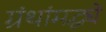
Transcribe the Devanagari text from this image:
ग्रंथांमद्ध्ये